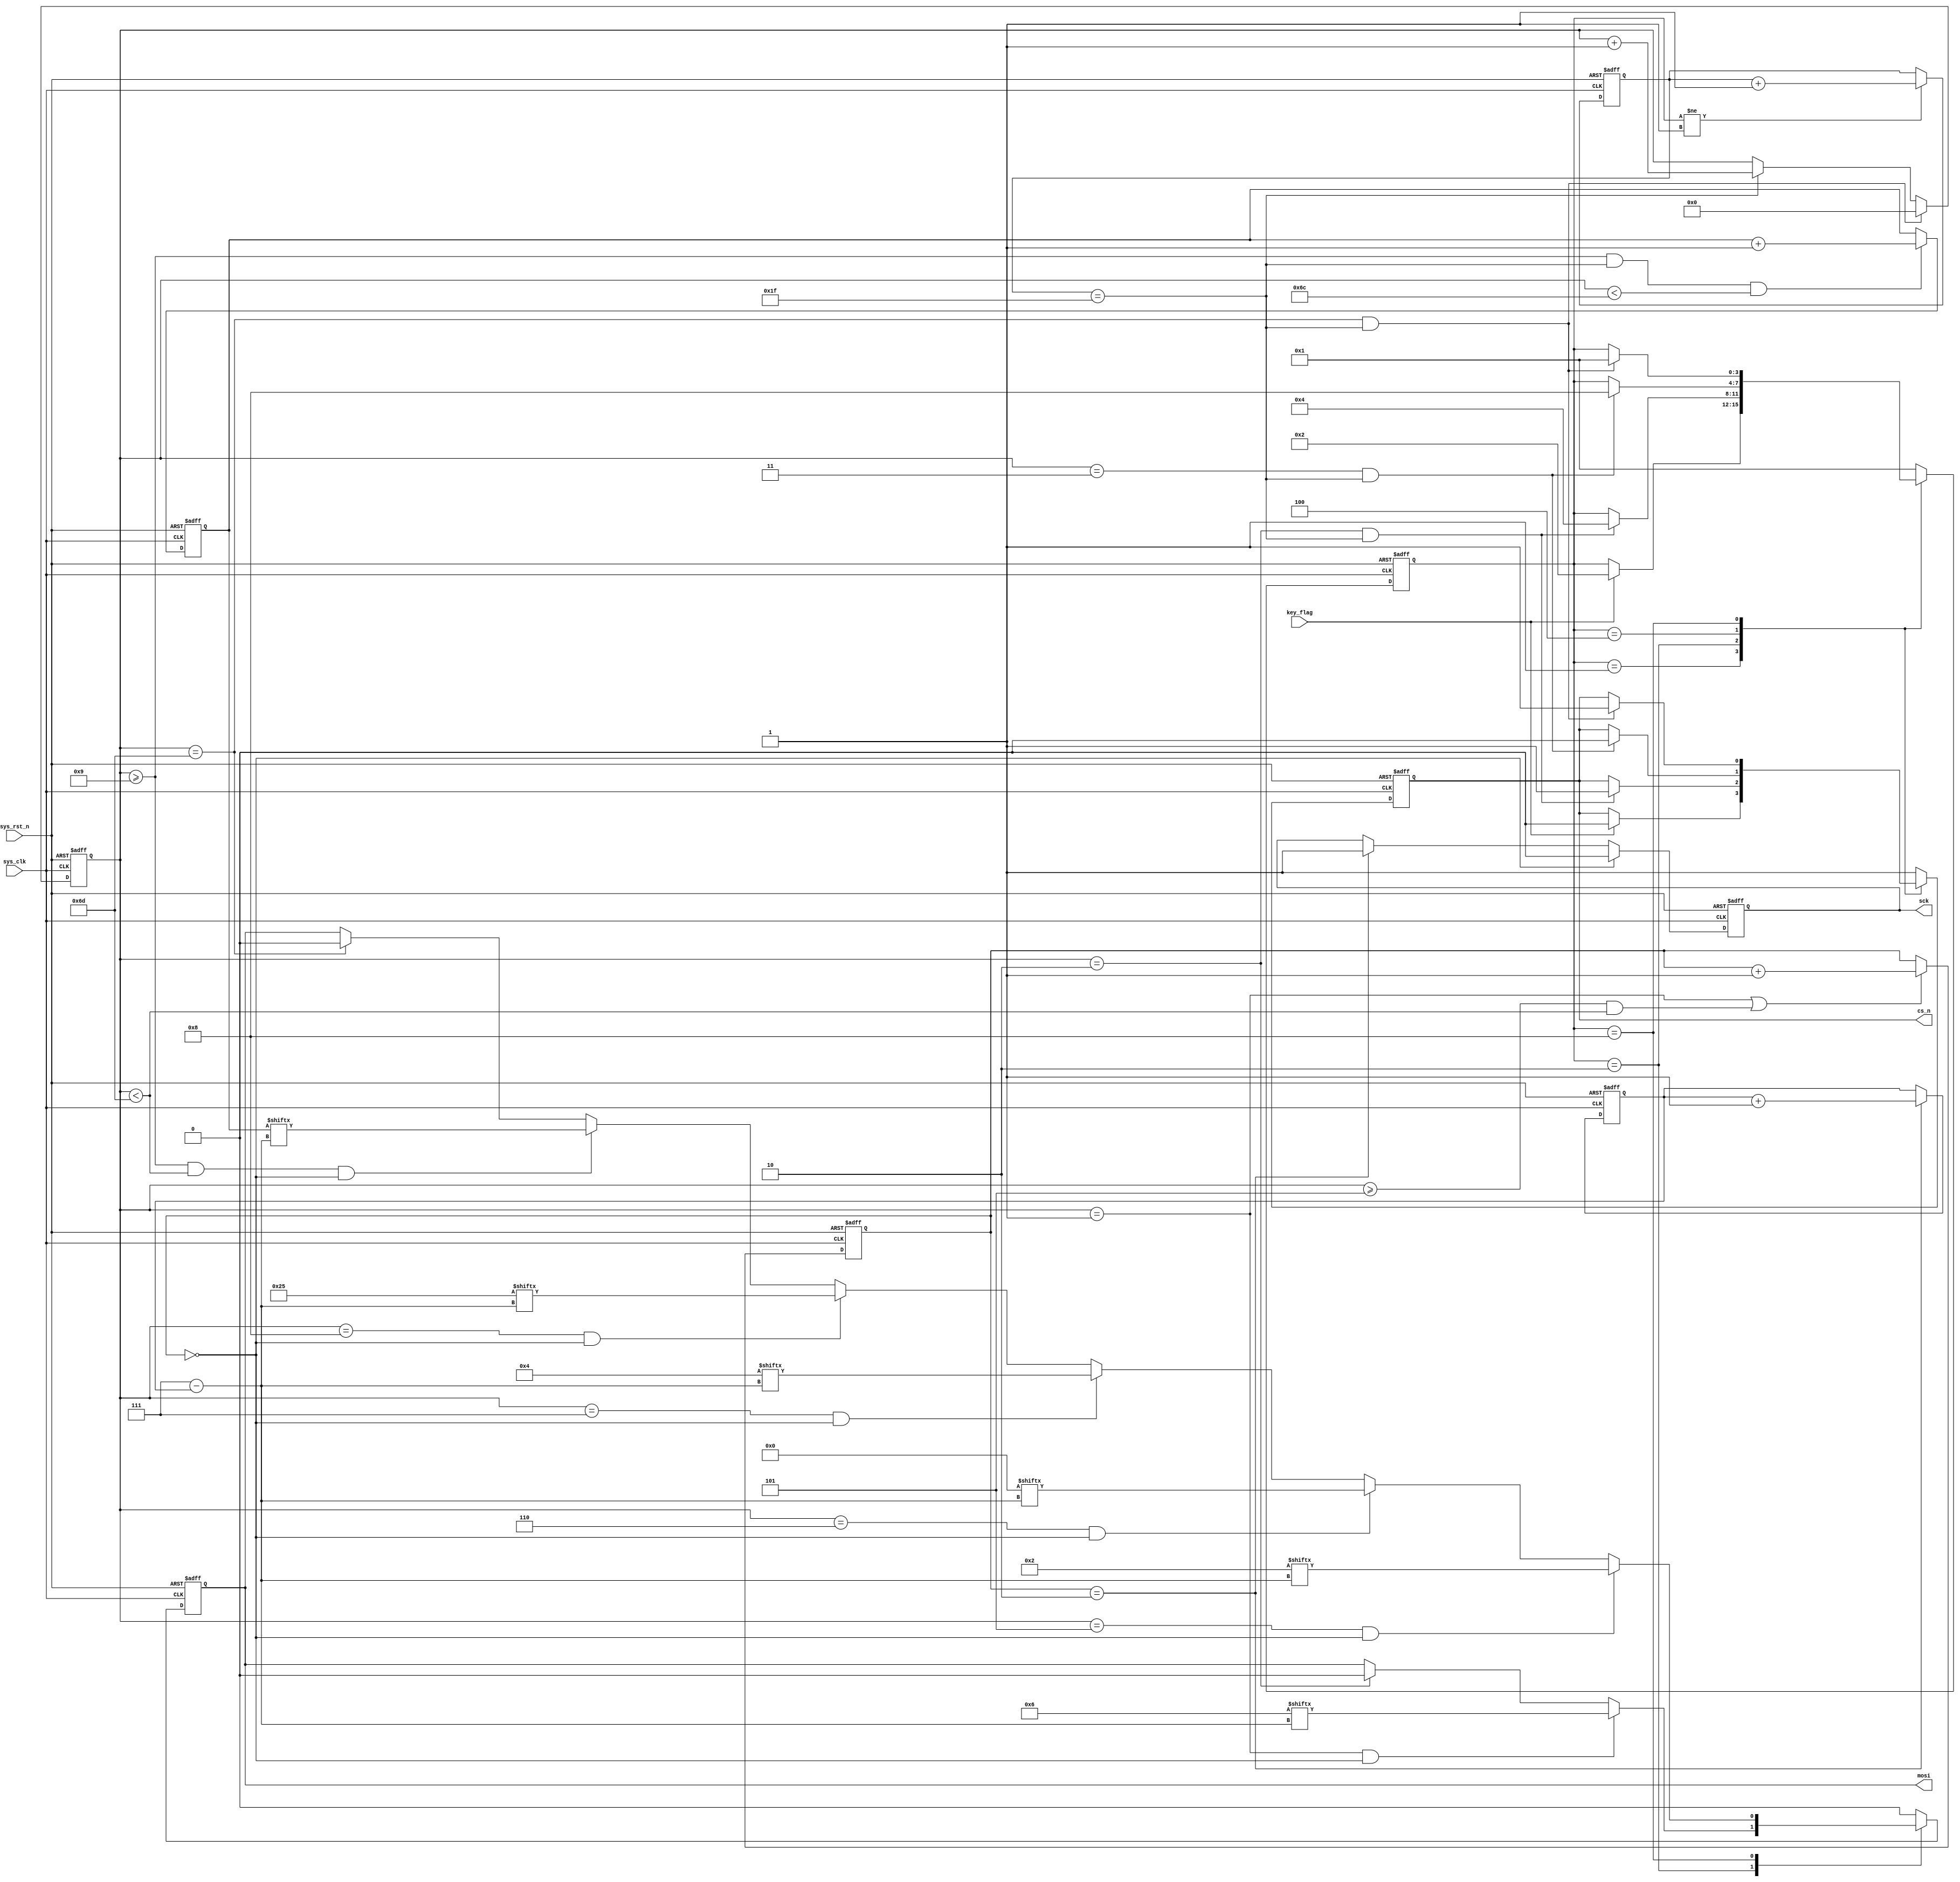
module  flash_pp_ctrl
(
    input   wire            sys_clk     ,
    input   wire            sys_rst_n   ,
    input   wire            key_flag    ,
    
    output  reg             sck         ,
    output  reg             cs_n        ,
    output  reg             mosi        
);

parameter   DATA_NUM    = 'd100;

parameter   IDLE    = 4'b0001,
            WR_EN   = 4'b0010,
            DELAY   = 4'b0100,
            PP      = 4'b1000;
            
parameter   WR_IN   = 8'b0000_0110,
            PP_IN   = 8'b0000_0010,
            PP_ADR1 = 8'b0000_0000,//Sector
            PP_ADR2 = 8'b0000_0100,//Page
            PP_ADR3 = 8'b0010_0101;//Byte


reg     [4:0]   cnt_clk ;
reg     [3:0]   state   ;
reg     [15:0]  cnt_byte;
reg     [1:0]   cnt_sck ;
reg     [2:0]   cnt_bit;
reg     [7:0]   data;

always@(posedge sys_clk or negedge sys_rst_n)
    if(sys_rst_n == 1'b0)
        cnt_clk <= 5'd0;
    else if(state != IDLE)
        cnt_clk <= cnt_clk + 1'b1;

always@(posedge sys_clk or negedge sys_rst_n)
    if(sys_rst_n == 1'b0)
        cnt_byte <= 16'd0;
    else if(cnt_clk == 5'd31 && cnt_byte == (DATA_NUM + 9))
        cnt_byte <= 16'd0;
    else if(cnt_clk == 5'd31)
        cnt_byte <= cnt_byte + 1'b1;

always@(posedge sys_clk or negedge sys_rst_n)
    if(sys_rst_n == 1'b0)
        cnt_sck <= 2'd0;
    else if(cnt_byte == 16'd1 || (cnt_byte >= 16'd5 && cnt_byte < (DATA_NUM +9)))//5678
        cnt_sck <= cnt_sck + 1'b1;

always@(posedge sys_clk or negedge sys_rst_n)
    if(sys_rst_n == 1'b0)
        cnt_bit <= 3'd0;
    else if(cnt_sck == 2'd2)
        cnt_bit <= cnt_bit + 1'b1;
        
always@(posedge sys_clk or negedge sys_rst_n)
    if(sys_rst_n == 1'b0)
        data <= 8'd0;
    else if(cnt_byte >= 16'd9 && cnt_clk == 5'd31 && cnt_byte < (DATA_NUM + 8))
        data <= data + 1'b1;

always@(posedge sys_clk or negedge sys_rst_n)
    if(sys_rst_n == 1'b0)
        state <= IDLE;
    else
        case(state)
            IDLE  : 
                    if(key_flag == 1'b1)
                        state <= WR_EN;
            WR_EN : 
                    if(cnt_byte == 16'd2 && cnt_clk == 5'd31)
                        state <= DELAY;
            DELAY : 
                    if(cnt_byte == 16'd3 && cnt_clk == 5'd31)
                        state <= PP;
            PP    : 
                   if(cnt_byte == (DATA_NUM + 9) && cnt_clk == 5'd31)//9
                        state <= IDLE;
            default: state <= IDLE;
        endcase

always@(posedge sys_clk or negedge sys_rst_n)
    if(sys_rst_n == 1'b0)
        cs_n <= 1'b1;
    else
        case(state)
            IDLE  :
                    if(key_flag == 1'b1)
                        cs_n <= 1'b0;
            WR_EN :
                    if(cnt_byte == 16'd2 && cnt_clk == 5'd31)
                        cs_n <= 1'b1;
            DELAY :
                    if(cnt_byte == 16'd3 && cnt_clk == 5'd31)
                        cs_n <= 1'b0;
            PP    :
                    if(cnt_byte == (DATA_NUM + 9) && cnt_clk == 5'd31)//9
                        cs_n <= 1'b1;
            default: cs_n <= 1'b1;
        endcase

always@(posedge sys_clk or negedge sys_rst_n)
    if(sys_rst_n == 1'b0)
        mosi <= 1'b0;
    else 
        case(state)
            IDLE  :
                        mosi <= 1'b0;
            WR_EN :
                    if(cnt_byte == 16'd1 && cnt_sck == 2'd0)
                        mosi <= WR_IN[7 - cnt_bit];
                    else if(cnt_byte == 16'd2)
                        mosi <= 1'b0;
            DELAY :
                        mosi <= 1'b0;
            PP    :
                    if(cnt_byte == 16'd5 && cnt_sck == 2'd0)//678 = address
                        mosi <= PP_IN[7 - cnt_bit];
                    else if(cnt_byte == 16'd6 && cnt_sck == 2'd0)
                        mosi <= PP_ADR1[7 - cnt_bit];
                    else if(cnt_byte == 16'd7 && cnt_sck == 2'd0)
                        mosi <= PP_ADR2[7 - cnt_bit];
                    else if(cnt_byte == 16'd8 && cnt_sck == 2'd0)
                        mosi <= PP_ADR3[7 - cnt_bit];
                    else if(cnt_byte >= 16'd9 && cnt_byte < (DATA_NUM + 9) && cnt_sck == 2'd0)
                        mosi <= data[7 - cnt_bit];
                    else if(cnt_byte == (DATA_NUM + 9))//9
                        mosi <= 1'b0;
            default: mosi <= 1'b0;
        endcase

always@(posedge sys_clk or negedge sys_rst_n)
    if(sys_rst_n == 1'b0)
        sck <= 1'b0;
    else if(cnt_sck == 2'd0)
        sck <= 1'b0;
    else if(cnt_sck == 2'd2)
        sck <= 1'b1;
        
endmodule